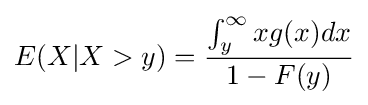
E(X|X>y)={\frac {\int _{y}^{\infty }xg(x)dx}{1-F(y)}}